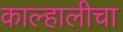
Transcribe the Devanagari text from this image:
काल्हालीचा